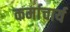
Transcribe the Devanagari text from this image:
कर्माचार्य